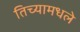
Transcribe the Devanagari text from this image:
तिच्यामधले